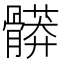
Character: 𩪎